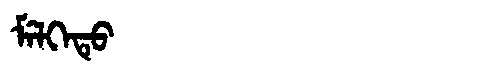
Manchu: ᠮᡝᠯᡴᡝᡨᡠ
Romanization: MELKETU